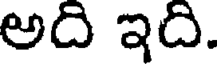
అది ఇది.